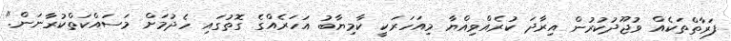
ފަރާތްތަކެއް ވުޖޫދުކުރުން އިރާދަ ކުރެއްވިއްޔާ މިއަހަރަކީ ކާމިޔާބު އަހަރެއްގެ ގޮތުގައި ހެދުމަށް މަސައްކަތްކުރާނަން."